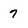
Character: 7